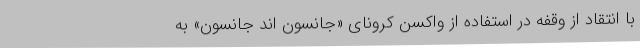
با انتقاد از وقفه در استفاده از واکسن کرونای «جانسون اند جانسون» به